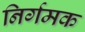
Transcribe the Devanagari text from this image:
निर्गमक